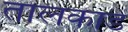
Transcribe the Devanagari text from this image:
तालकाड